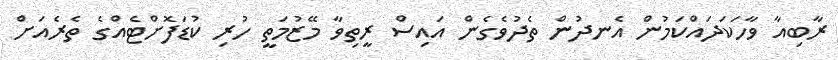
ރާބިއާ ވާހަކަދައްކަމުން އެނދުން ތެދުވެގެން އައިސް ރީތިވާ މޭޒުމަތީ ހުރި ކުޑަފޮށްޓެއްގެ ތެރެއަށް